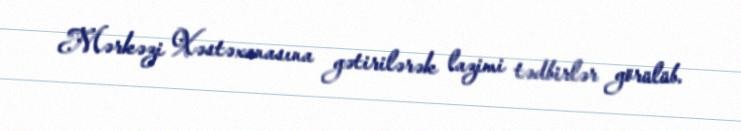
Mərkəzi Xəstəxanasına gətirilərək lazimi tədbirlər görülüb.